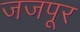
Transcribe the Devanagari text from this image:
जजपूर